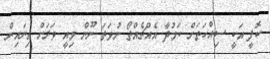
ކޮފީ އަކީ ސިއްހަތަށް ކަމުދާ އެއްޗެއްތޯ ނުވަތަ ނޫން މިއީ ވަރަށް ގިނައިން